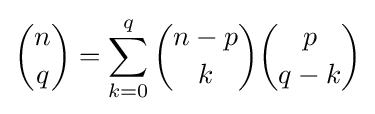
{n \choose q}=\sum _{k=0}^{q}{{n-p} \choose k}{p \choose {q-k}}